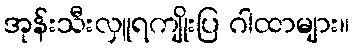
အုန်းသီးလှူရကျိုးပြ ဂါထာများ။